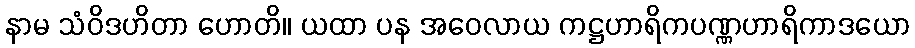
နာမ သံဝိဒဟိတာ ဟောတိ။ ယထာ ပန အဝေလာယ ကဋ္ဌဟာရိကပဏ္ဏဟာရိကာဒယော